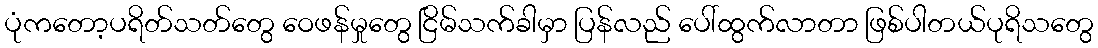
ပုံကတော့ပရိတ်သတ်တွေ ဝေဖန်မှုတွေ ငြိမ်သက်ခါမှာ ပြန်လည် ပေါ်ထွက်လာတာ ဖြစ်ပါတယ်ပုရိသတွေ